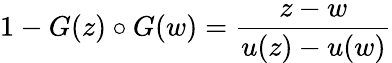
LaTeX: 1-G(z)\circ G(w)={\frac{z-w}{u(z)-u(w)}}